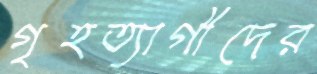
গৃহত্যাগীদের